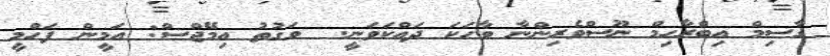
ގާސިމް އިބްރާހިމް ނޫސްވެރިންނާ ވާހަކަ ދައްކަވަނީ.  ވަގުތު އިމޭޖްސް: އަމީން ފަހްމީ